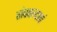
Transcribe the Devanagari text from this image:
संपवल्याचं